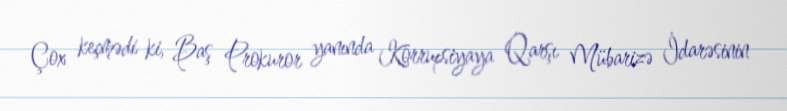
Çox keçmədi ki, Baş Prokuror yanında Korrupsiyaya Qarşı Mübarizə İdarəsinin